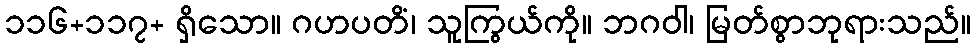
၁၁၆+၁၁၇+ ရှိသော။ ဂဟပတိံ၊ သူကြွယ်ကို။ ဘဂဝါ၊ မြတ်စွာဘုရားသည်။